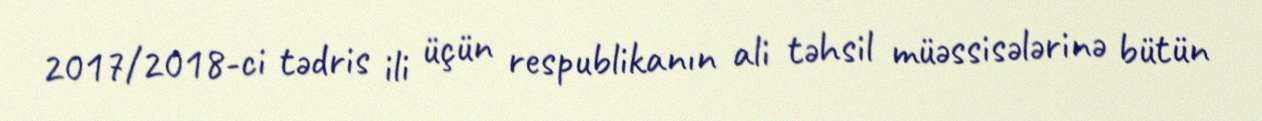
2017/2018-ci tədris ili üçün respublikanın ali təhsil müəssisələrinə bütün